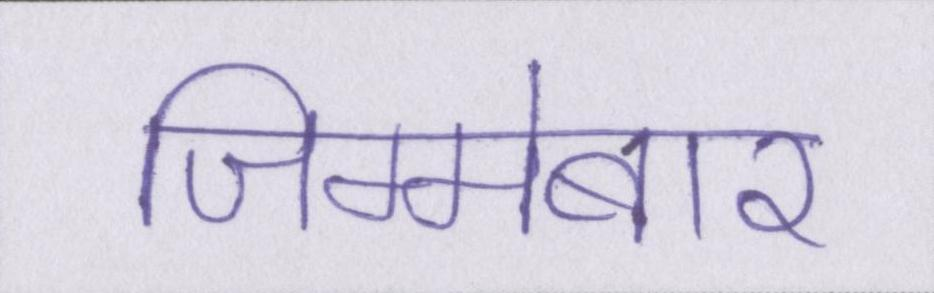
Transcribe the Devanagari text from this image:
जिम्मेबार